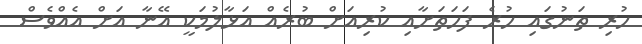
ހުރި ތަނުގައި ހުރެ ފަހަތަށާއި ކުރިއަށް ބުރެއް އަޅާލުމަކީ އޭނާ އަށް އެއްވެސް